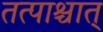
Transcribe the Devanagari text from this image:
तत्पाश्चात्